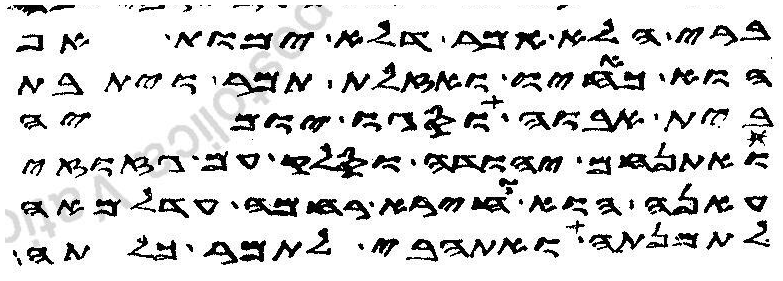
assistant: ברי הלא אמר דלא ימות אף
הוא כאחיו ואזלת תמר ויתבת
בית אבוה וסגו יומיה
ואתנחם יהודה וסלק עם גזוזי
עאנה הוא וחירא רחמה עדלמאה
לתמנתה ואתהבי לתמר כלתה